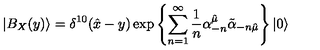
| B _ { X } ( y ) \rangle = \delta ^ { 1 0 } ( { \hat { x } } - y ) \exp \left\{ { \sum _ { n = 1 } ^ { \infty } { \frac { 1 } { n } } \alpha _ { - n } ^ { \hat { \mu } } { \tilde { \alpha } } _ { - n { \hat { \mu } } } } \right\} | 0 \rangle